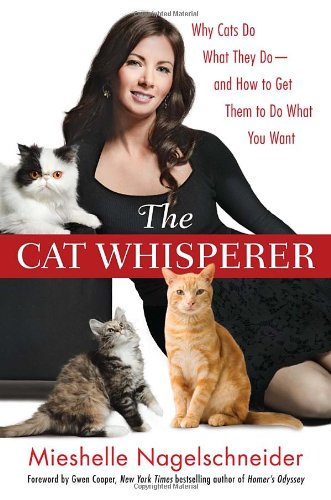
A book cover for The Cat Whisperer: Why Cats Do What They Do--and How to Get Them to Do What You Want; Mieshelle Nagelschneider; Crafts, Hobbies & Home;